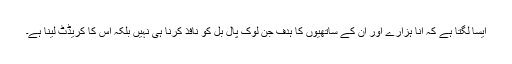
ایسا لگتا ہے کہ انا ہزارے اور ان کے ساتھیوں کا ہدف جن لوک پال بل کو نافذ کرنا ہی نہیں بلکہ اس کا کریڈٹ لینا ہے۔